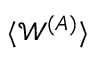
\langle \mathcal { W } ^ { ( A ) } \rangle